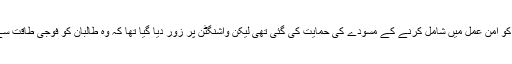
تاہم پاکستان کی جانب سے طالبان کو امن عمل میں شامل کرنے کے مسودے کی حمایت کی گئی تھی لیکن واشنگٹن پر زور دیا گیا تھا کہ وہ طالبان کو فوجی طاقت سے شکست دے کر مجبور نہ کریں۔